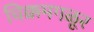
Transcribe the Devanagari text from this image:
चिक्कमगळूर